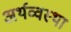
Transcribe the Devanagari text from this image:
अर्थव्वस्था